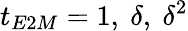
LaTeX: t_{E2M}=1,~\delta,~\delta^{2}